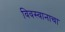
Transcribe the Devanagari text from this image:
विवस्वानाचा